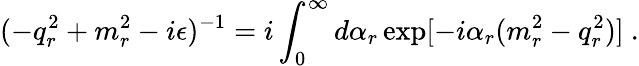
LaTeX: (-q_{r}^{2}+m_{r}^{2}-i\epsilon)^{-1}=i\int_{0}^{\infty}d\alpha_{r}\exp[-i\alpha_{r}(m_{r}^{2}-q_{r}^{2})]\ .